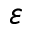
\varepsilon